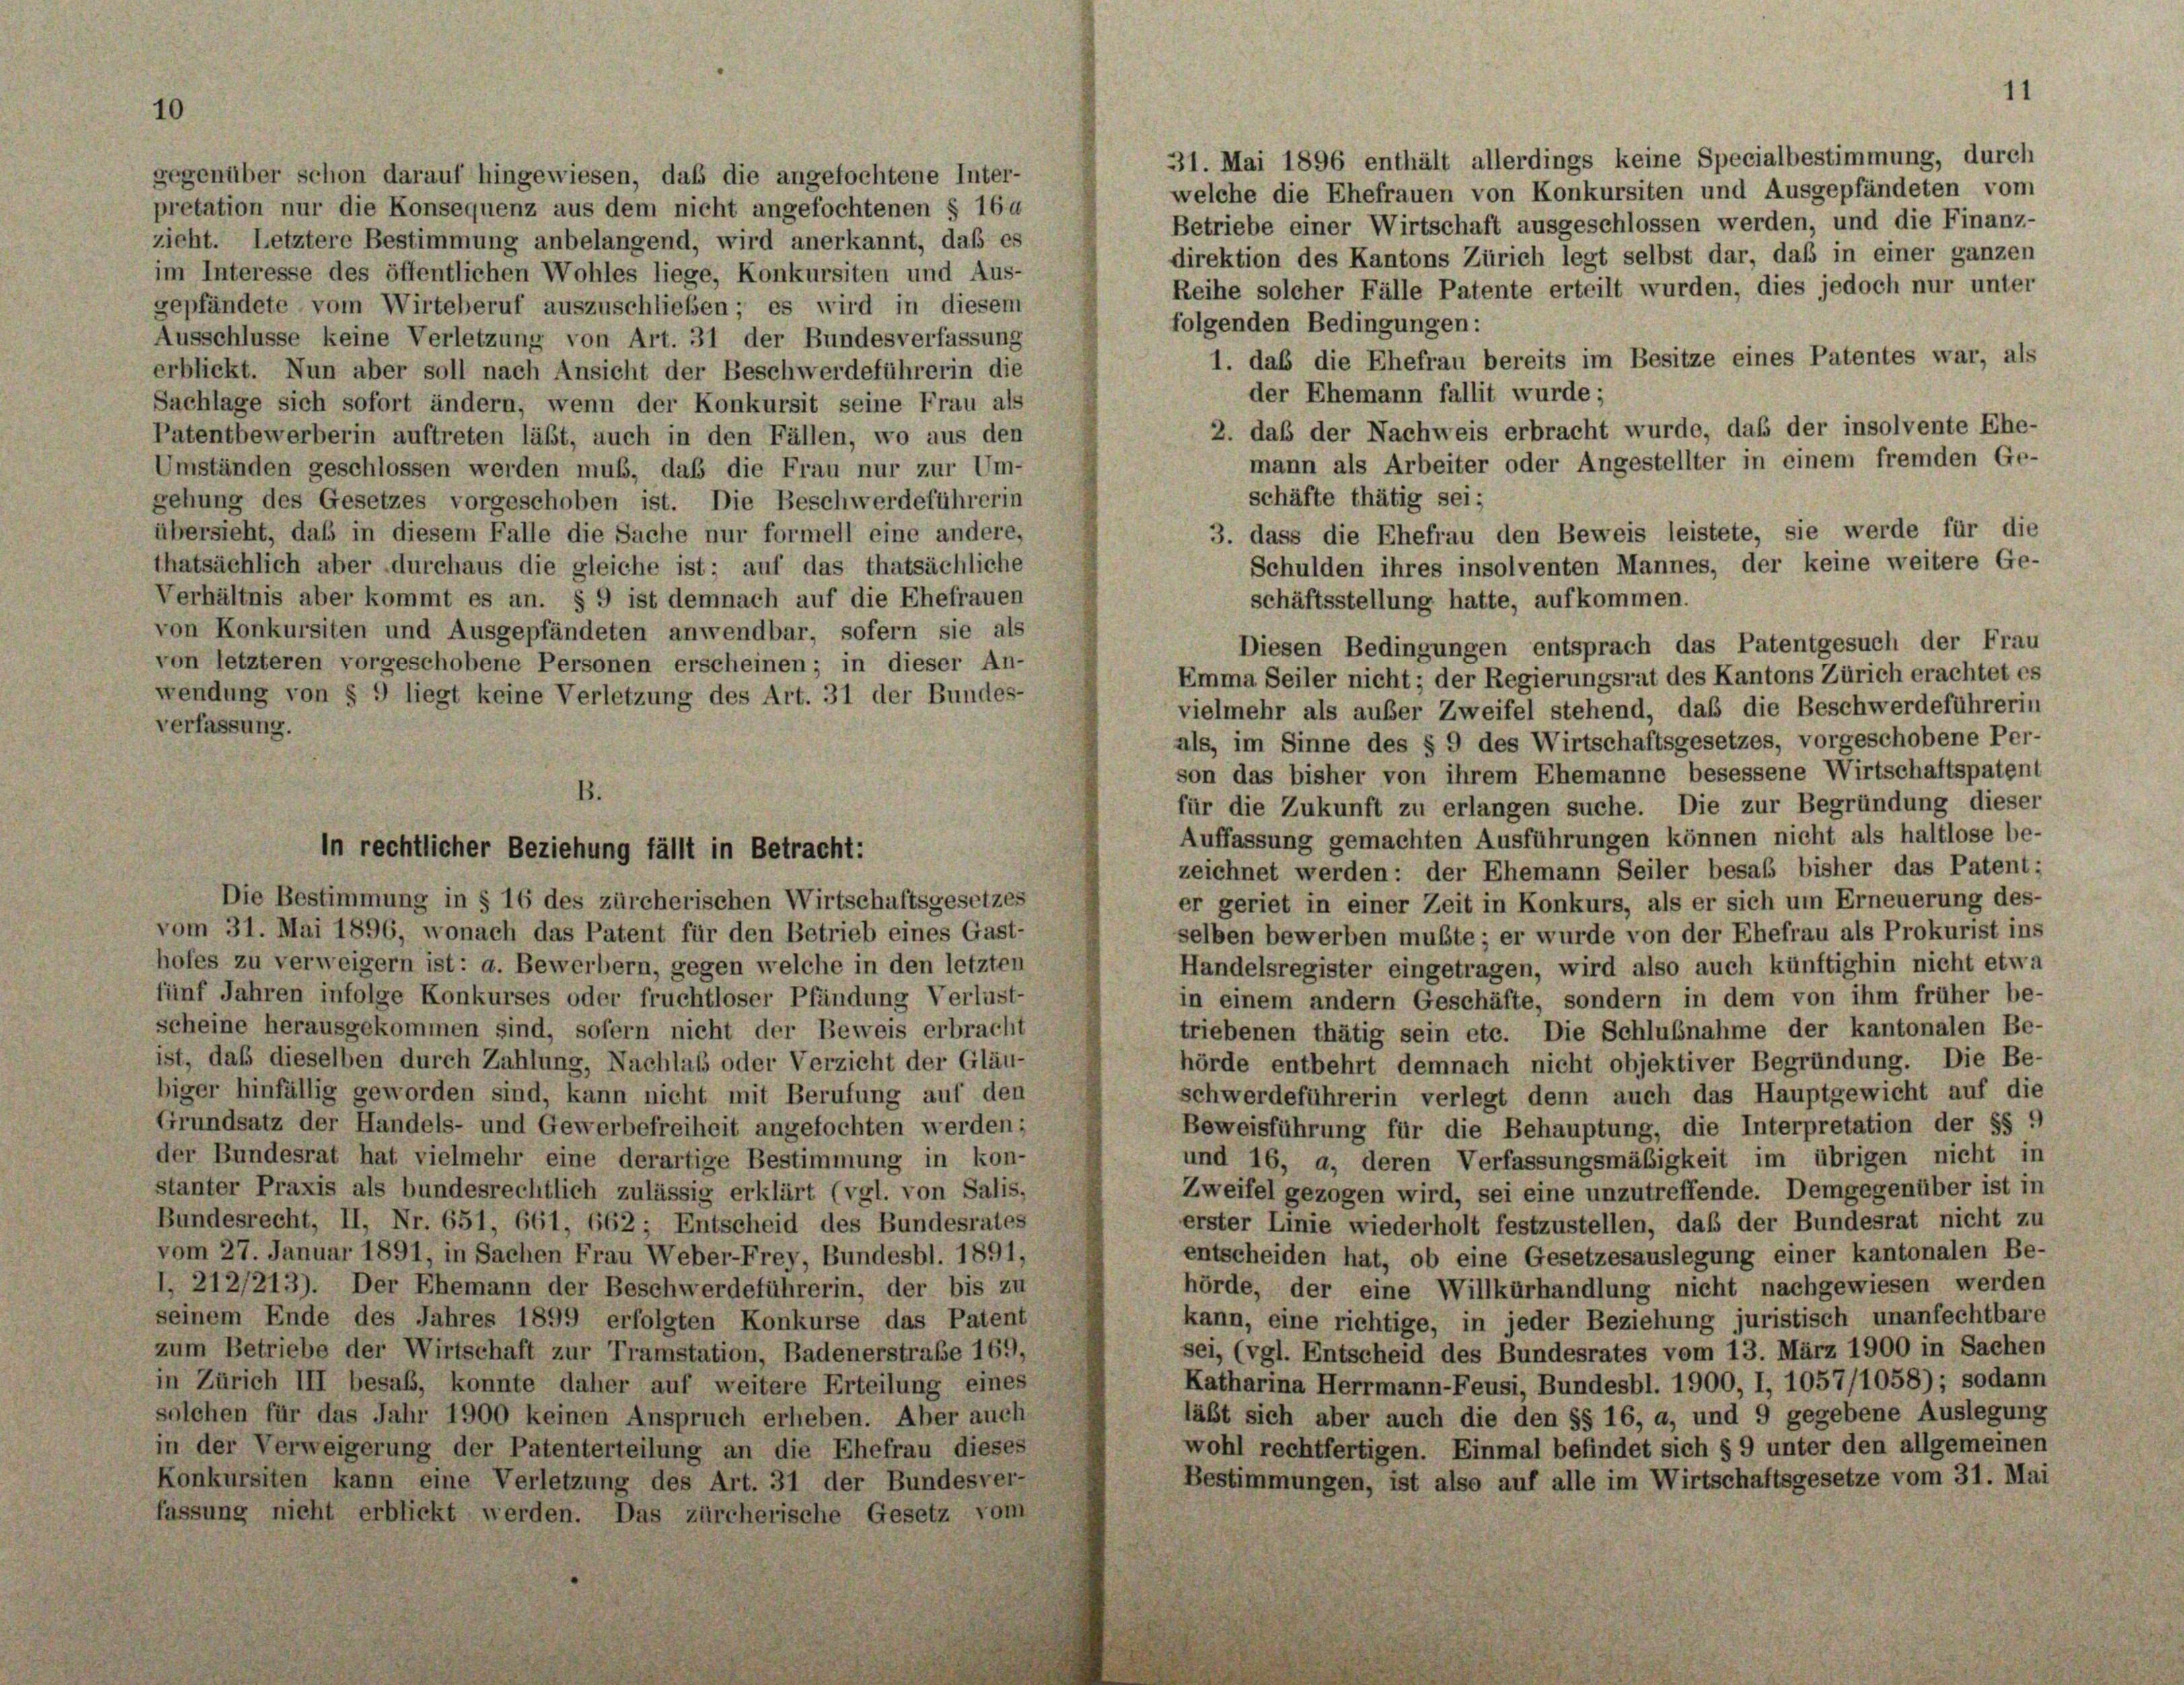
gegenüber schon darauf hingewiesen, daß die angefochtene Inter-
pretation nur die Konsequenz aus dem nicht angefochtenen § 164

31. Mai 1896 enthält allerdings keine Specialbestimmung, durch
welche die Ehefrauen von Konkursiten und Ausgepfändeten vom
Betriebe einer Wirtschaft ausgeschlossen werden, und die Finanz-
zieht. Letztere Bestimmung anbelangend, wird anerkannt, daß es
direktion des Kantons Zürich legt selbst dar, daß in einer ganzen
im Interesse des öffentlichen Wohles liege, Konkursiten und Aus-
Reihe solcher Fälle Patente erteilt wurden, dies jedoch nur unter
gepfändete vom Wirteberuf auszuschlieben; es wird in diesem
folgenden Bedingungen:
Ausschlüsse keine Verletzung von Art. 31 der Bundesverfassung
1. das die Ehefrau bereits im Besitze eines Patentes war, als
erblickt. Nun aber soll nach Ansicht der Beschwerdeführerin die
der Ehemann fallit wurde;
Sachlage sich sofort ändern, wenn der Konkursit seine Frau als
2. daß der Nachweis erbracht wurde, daß der insolvente Ehe-
Patentbewerberin auftreten läßt, auch in den Fällen, wo aus den
mann als Arbeiter oder Angestellter in einem fremden Ge-
Umständen geschlossen werden muß, daß die Frau nur zur Um-
gehung des Gesetzes vorgeschoben ist. Die Beschwerdeführerin
übersieht, daß in diesem Falle die Sache nur formell eine andere,
thatsächlich aber durchaus die gleiche ist; auf das thatsächliche
Verhältnis aber kommt es an. § 9 ist demnach auf die Ehefrauen
von Konkursiten und Ausgepfändeten anwendbar, sofern sie als
von letzteren vorgeschobene Personen erscheinen; in dieser An-
wendung von § 9 liegt keine Verletzung des Art. 31 der Bundes-
vielmehr als außer Zweifel stehend, daß die Beschwerdeführerin
verfassung.
als, im Sinne des § 9 des Wirtschaftsgesetzes, vorgeschobene Per-
son das bisher von ihrem Ehemanne besessene Wirtschaftspatent
B.
für die Zukunft zu erlangen suche. Die zur Begründung dieser
Auffassung gemachten Ausführungen können nicht als haltlose be-
zeichnet werden: der Ehemann Seiler besaß bisher das Patent;
Die Bestimmung in § 16 des zürcherischen Wirtschaftsgesetzes
er geriet in einer Zeit in Konkurs, als er sich um Erneuerung des-
vom 31. Mai 1896, wonach das Patent für den Betrieb eines Gast-
selben bewerben mußte; er wurde von der Ehefrau als Prokurist ins
hofes zu verweigern ist: a. Bewerbern, gegen welche in den letzten
Handelsregister eingetragen, wird also auch künftighin nicht etwa
fünf Jahren infolge Konkurses oder fruchtloser Pfändung Verlust-
in einem andern Geschäfte, sondern in dem von ihm früher be-
scheine herausgekommen sind, sofern nicht der Beweis erbracht
triebenen thätig sein etc. Die Schlußnahme der kantonalen Be-
ist, daß dieselben durch Zahlung, Nachlaß oder Verzicht der Gläu-
hörde entbehrt demnach nicht objektiver Begründung. Die Be-
biger hinfällig geworden sind, kann nicht mit Berufung auf den
schwerdeführerin verlegt denn auch das Hauptgewicht auf die
Grundsatz der Handels- und Gewerbefreiheit angefochten werden;
Beweisführung für die Behauptung, die Interpretation der §§ 9
der Bundesrat hat vielmehr eine derartige Bestimmung in kon-
und 16, a, deren Verfassungsmäßigkeit im übrigen nicht in
stanter Praxis als bundesrechtlich zulässig erklärt (vgl. von Salis,
Zweifel gezogen wird, sei eine unzutreffende. Demgegenüber ist in
Bundesrecht, II, Nr. 651, 661, 662; Entscheid des Bundesrates
erster Linie wiederholt festzustellen, daß der Bundesrat nicht zu
vom 27. Januar 1891, in Sachen Frau Weber-Frey, Bundesbl. 1891,
entscheiden hat, ob eine Gesetzesauslegung einer kantonalen Be-
1. 212/213). Der Ehemann der Beschwerdeführerin, der bis zu
hörde, der eine Willkürhandlung nicht nachgewiesen werden
seinem Ende des Jahres 1899 erfolgten Konkurse das Patent
kann, eine richtige, in jeder Beziehung juristisch unanfechtbare
zum Betriebe der Wirtschaft zur Transtation, Badenerstraße 169,
sei, (vgl. Entscheid des Bundesrates vom 13. März 1900 in Sachen
Katharina Herrmann-Feusi, Bundesbl. 1900, I, 1057/1058); sodann
in Zürich III besass, konnte daher auf weitere Erteilung eines
solchen für das Jahr 1900 keinen Anspruch erheben. Aber auch
läßt sich aber auch die den §§ 16, a, und 9 gegebene Auslegung
wohl rechtfertigen. Einmal befindet sich § 9 unter den allgemeinen
in der Verweigerung der Patenterteilung an die Ehefrau dieses
Bestimmungen, ist also auf alle im Wirtschaftsgesetze vom 31. Mai
Konkursiten kann eine Verletzung des Art. 31 der Bundesver-
fassung nicht erblickt werden. Das zürcherische Gesetz vom

In rechtlicher Beziehung fällt in Betracht:

schäfte thätig sei;
3. dass die Ehefrau den Beweis leistete, sie werde für die
Schulden ihres insolventen Mannes, der keine weitere Ge-
schäftsstellung hatte, aufkommen.
Diesen Bedingungen entsprach das Patentgesuch der Frau
Emma Seiler nicht; der Regierungsrat des Kantons Zürich erachtet es